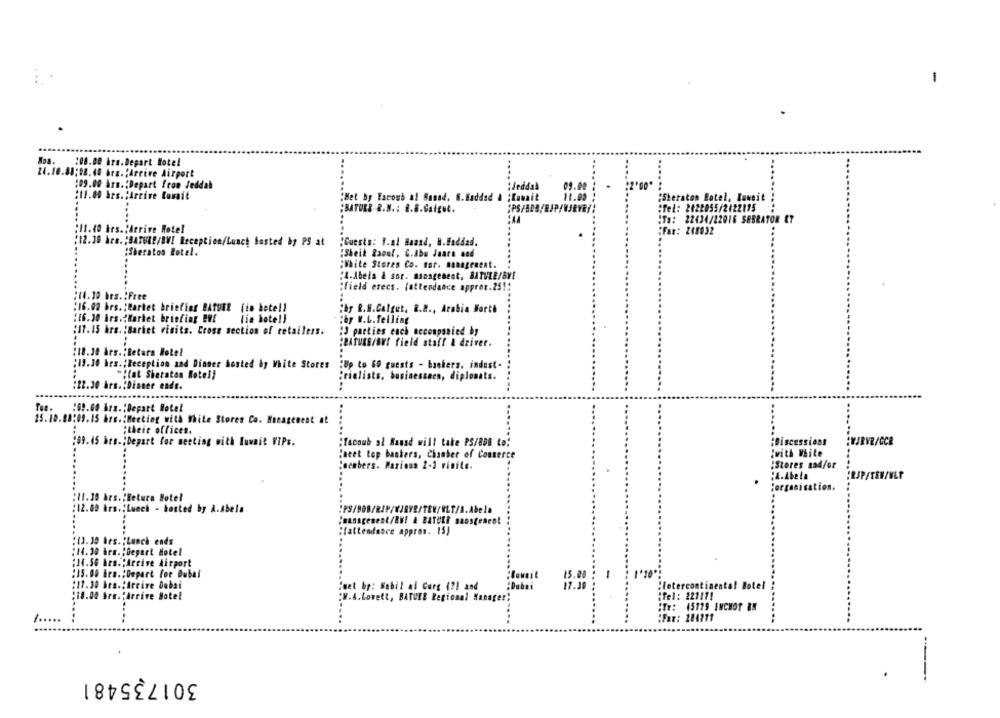
Moa. : 00.00 hrs.Depart Hotel
24.10.88:08.40 bts.'Arrive Airport
109.00 Ars .; Depart from Jeddah
Jeddah
09.00
.
:11.00 hrs. ; Arrive Kuwait
"Het by Yacoub al Manad. W.Haddad & ;Kuwait
11.09
Sheraton Batel, Buweit
:BATORE R.N .: B.B.Galgut.
:Tel: 2822055/2122115
:Ta: 22434/22016 SRBRATOR ET
:11.40 hrs .: Arrive Hotel
:Fax: 248032
(12.30 hra. "BATURE/BVI Reception/Lunch Bosted by PS at
:Guests: F.al Haand, H.Haddad.
:Sheraton Hotel.
"Sheik Raouf. C.Abu Jaars and
;White Stores Co. Bor. management.
:4-Abela & sor. sinagement, BTWEE/BY!
"field erecs. fattendance apprer.25 !!
:14.10 brs. : Free
:16.02 hrs. : Wartet briefing BATOTE (in bete !!
:by R.S.Calget, B.B ., Arabia Barth
:16.30 irs."Karhet briefing Buf
lie hote !!
:by N.L.Telling
(17.15 hrs. : Barhet visits. Cross section of retailers.
" parties ench accompanied by
:BAruas/a field staff & driver.
:18.30 Ars .; Betara Hotel
:19.30 hrs. ; Beception and Dinger hosted by Mite Stores
:Up to 60 guests - banhers, indust.
""(at Sheraton Hotel)
Prielists, businesseen, diplomats.
:22.30 hrs .: Dinner ende.
..
:09.00 Åra .: Bepart Hotel
25.10.08:09.15 hrs .: Meeting with White Stores Co. Management at
;their offices.
:09.45 hrs .; Depart for meeting with luwait VIPs.
:Yacoub al Kanad will take PS/8DB to:
:Discussions
WARVR/GCR
:with White
"neet top banters, Chaaber of Conserce
"members. Parinun 2-1 rinite.
:Stores and/or
:RUPFTEW/VLP
Sorganisation.
:11.30 års. Betura Sotel
:12.00 hrs .; Lunch - hosted by A.Abela
"(attendance approx. 15)
:13.30 Ars. ; Lunch ends
:14.30 hrs. ; Depart Hotel
:14.56 Ars."Arrive Airport
:15.00 Ars .; Depart for Dubai
15.00
-
: 1'10'
:11.30 hrs .; Arrive Dobai
Poet by: Sabil ai Corg ( ?! and
„Dubai
17.30
:lotercontinental Botel
:18.00 brs. "Arrive Hotel
:Tel: 22111!
:W.A.Lovett, BATUER Regional Manager!
:Te: 45779 INCHOP BN
...
:Far: 284111
301735481
----